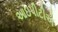
આઇપીટીએ